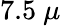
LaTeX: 7.5~\mu